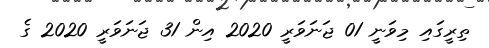
ތިރީގައި މިވަނީ 01 ޖަނަވަރީ 2020 އިން 31 ޖަނަވަރީ 2020 ގެ